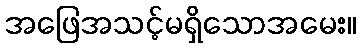
အဖြေအသင့်မရှိသောအမေး။